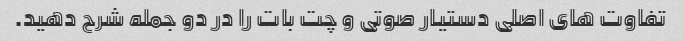
تفاوت های اصلی دستیار صوتی و چت بات را در دو جمله شرح دهید.